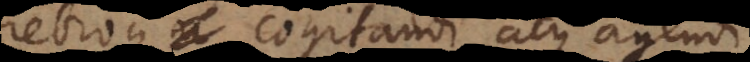
crebroque cogitandi atque agendi